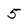
Character: 5